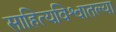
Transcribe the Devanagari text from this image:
साहित्यविश्वातल्या